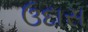
ઉદાસ